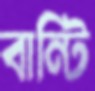
বান্টি